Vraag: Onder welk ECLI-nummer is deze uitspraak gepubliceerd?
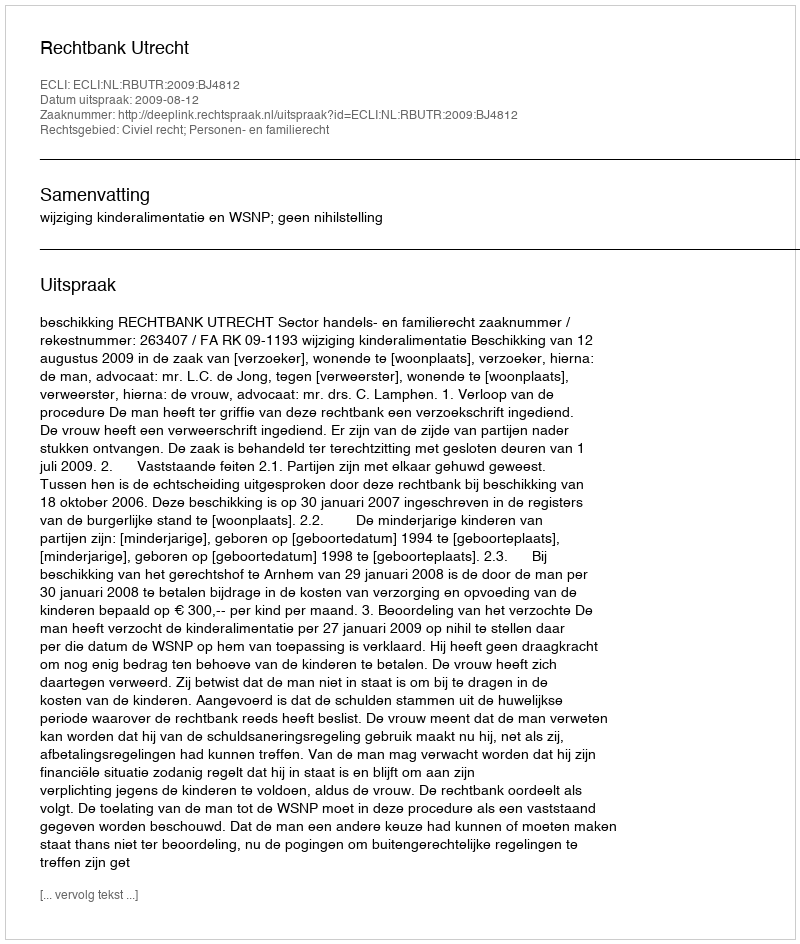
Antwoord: ECLI:NL:RBUTR:2009:BJ4812